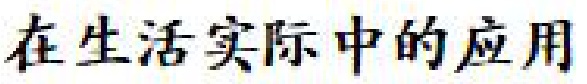
在生活实际中的应用